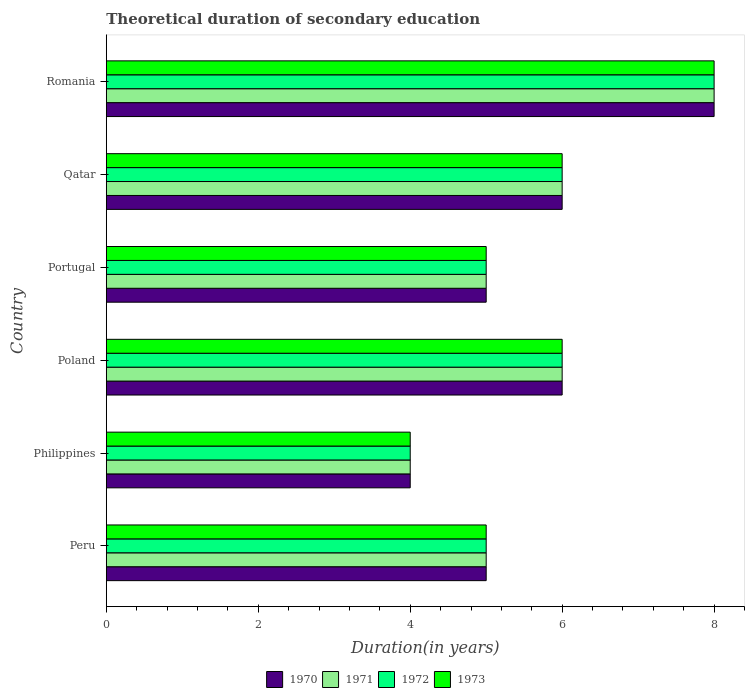
| Country | 1970 | 1971 | 1972 | 1973 |
 | --- | --- | --- | --- | --- |
 | Peru | 5 | 5 | 5 | 5 |
 | Philippines | 4 | 4 | 4 | 4 |
 | Poland | 6 | 6 | 6 | 6 |
 | Portugal | 5 | 5 | 5 | 5 |
 | Qatar | 6 | 6 | 6 | 6 |
 | Romania | 8 | 8 | 8 | 8 |